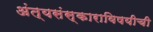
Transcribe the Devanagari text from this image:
अंत्यसंस्काराविषयीची